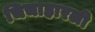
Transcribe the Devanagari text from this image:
चिचाहारली